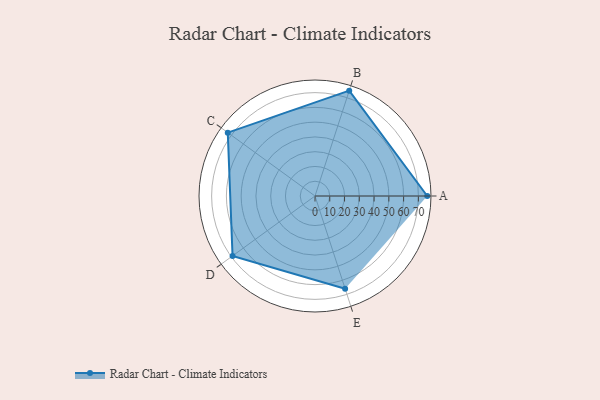
{"axis": {"x": "Skill", "y": "Score"}, "legend": ["Profile"], "data": [{"x": "A", "y": 76.0, "type": "Profile"}, {"x": "B", "y": 75.0, "type": "Profile"}, {"x": "C", "y": 73.0, "type": "Profile"}, {"x": "D", "y": 69.0, "type": "Profile"}, {"x": "E", "y": 66.0, "type": "Profile"}]}